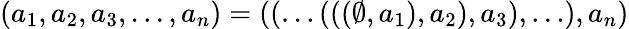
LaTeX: (a_{1},a_{2},a_{3},\ldots,a_{n})=((\ldots(((\emptyset,a_{1}),a_{2}),a_{3}),\ldots),a_{n})